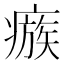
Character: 瘯